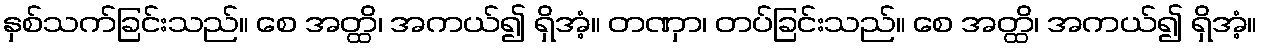
နှစ်သက်ခြင်းသည်။ စေ အတ္ထိ၊ အကယ်၍ ရှိအံ့။ တဏှာ၊ တပ်ခြင်းသည်။ စေ အတ္ထိ၊ အကယ်၍ ရှိအံ့။